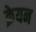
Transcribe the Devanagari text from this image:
क्रेयन